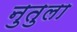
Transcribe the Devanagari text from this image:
नुतुला